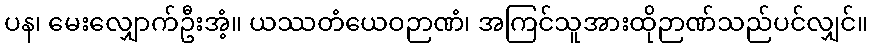
ပန၊ မေးလျှောက်ဦးအံ့။ ယဿတံယေဝဉာဏံ၊ အကြင်သူအားထိုဉာဏ်သည်ပင်လျှင်။